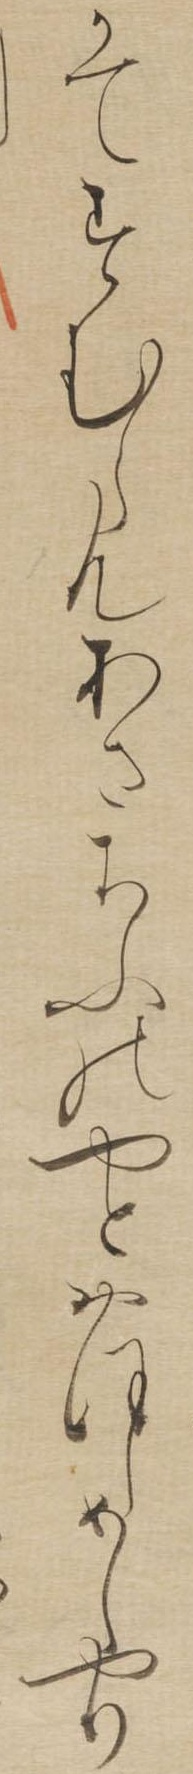
かてすむらんあさちふのやとおほしめしやり